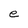
Character: e